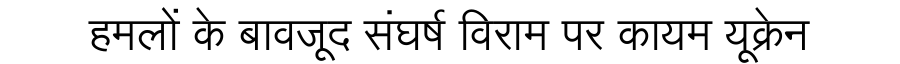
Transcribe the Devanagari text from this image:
हमलों के बावजूद संघर्ष विराम पर कायम यूक्रेन